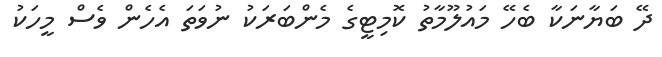
ދޭ ބަޔާނަކާ ބެހޭ މައުލޫމާތު ކޮމިޓީގެ މެންބަރަކު ނުވަތަ އެހެން ވެސް މީހަކު